Problem: 24 + 1 = ?
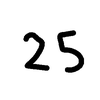
Handwritten answer: 25